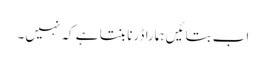
اب بتائیں ہمارا ڈرنا بنتا ہے کہ نہیں۔